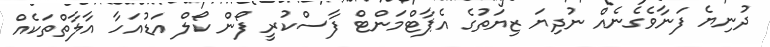
ދުނިޔެ ފަނާވެގެނެއް ނުދިޔަ ޒިޔަތުގެ އެޕާޓްމަންޓް ފާސްކުރީ ފޯން ކޯލް އަޑުއަހާ އާލާތްތަކެއް